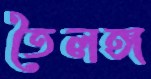
তৈলঙ্গ